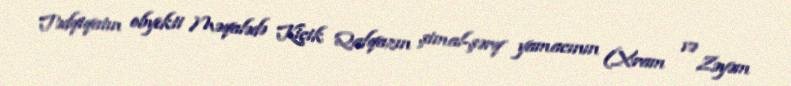
Tədqiqatın obyekti Məqalədə Kiçik Qafqazın şimal-şərq yamacının (Xram və Zəyəm